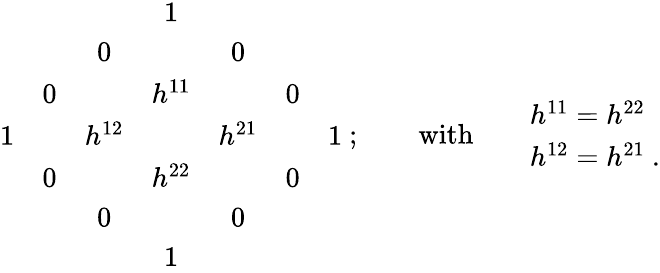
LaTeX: \begin{array}{ccccccc}{{}}&{{}}&{{}}&{{1}}&{{}}&{{}}&{{}}\\ {{}}&{{}}&{{0}}&{{}}&{{0}}&{{}}&{{}}\\ {{}}&{{0}}&{{}}&{{h^{11}}}&{{}}&{{0}}&{{}}\\ {{1}}&{{}}&{{h^{12}}}&{{}}&{{h^{21}}}&{{}}&{{1}}\\ {{}}&{{0}}&{{}}&{{h^{22}}}&{{}}&{{0}}&{{}}\\ {{}}&{{}}&{{0}}&{{}}&{{0}}&{{}}&{{}}\\ {{}}&{{}}&{{}}&{{1}}&{{}}&{{}}&{{}}\end{array}\ ;\qquad\mathrm{with}\qquad\begin{array}{l}{{h^{11}=h^{22}}}\\ {{h^{12}=h^{21}\ .}}\end{array}